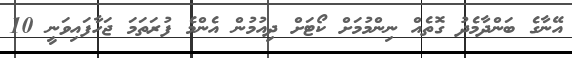
އޭނާގެ ބަންދާމެދު ގޮތެއް ނިންމުމަށް ކޯޓަށް ދިއުމުން އެންމެ ފުރަތަމަ ޖަހާފައިވަނީ 10